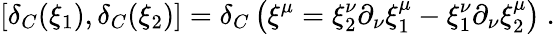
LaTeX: \left[\delta_{C}(\xi_{1}),\delta_{C}(\xi_{2})\right]=\delta_{C}\left(\xi^{\mu}=\xi_{2}^{\nu}\partial_{\nu}\xi_{1}^{\mu}-\xi_{1}^{\nu}\partial_{\nu}\xi_{2}^{\mu}\right)\ .